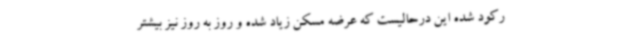
رکود شده این درحالیست که عرضه مسکن زیاد شده و روز به روز نیز بیشتر